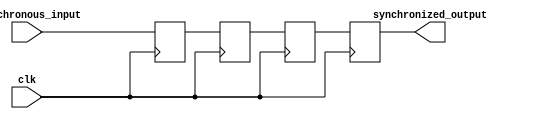
module cascade_synchronizer (
    input wire asynchronous_input,
    input wire clk,
    output wire synchronized_output
);

reg [3:0] stage1;
reg [3:0] stage2;
reg [3:0] stage3;
reg [3:0] stage4;

// Timing control block
always @(posedge clk) begin
    stage1 <= asynchronous_input;
    stage2 <= stage1;
    stage3 <= stage2;
    stage4 <= stage3;
end

assign synchronized_output = stage4;

endmodule